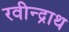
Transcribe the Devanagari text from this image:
रवीन्द्राथ